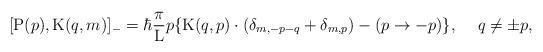
LaTeX: \begin{align*}[{\rm P}(p) , {\rm K}(q,m)]_{-} = \hbar \frac{\pi}{\rm L} p\{ {\rm K}(q,p) \cdot (\delta_{m,-p-q} + \delta_{m,p})- (p \rightarrow -p)\} , \hspace{ 5mm} q \neq \pm p,\end{align*}